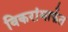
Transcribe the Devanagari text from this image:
विकरांमार्फत